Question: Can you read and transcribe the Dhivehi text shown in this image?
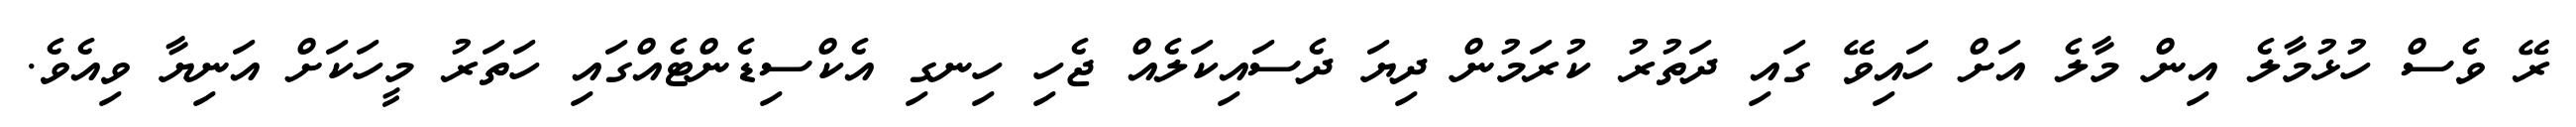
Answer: ރޭ ވެސް ހުޅުމާލެ އިން މާލެ އަށް ހައިވޭ ގައި ދަތުރު ކުރަމުން ދިޔަ ދެސައިކަލެއް ޖެހި ހިނގި އެކްސިޑެންޓެއްގައި ހަތަރު މީހަކަށް އަނިޔާ ވިއެވެ.